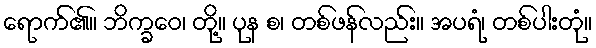
ရောက်၏။ ဘိက္ခဝေ၊ တို့။ ပုန စ၊ တစ်ဖန်လည်း။ အပရံ၊ တစ်ပါးတုံ။